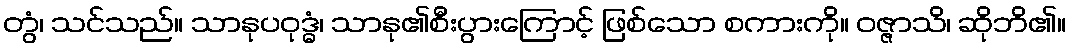
တွံ၊ သင်သည်။ သာနုပဝုဒ္ဓံ၊ သာနု၏စီးပွားကြောင့် ဖြစ်သော စကားကို။ ဝဇ္ဇာသိ၊ ဆိုဘိ၏။